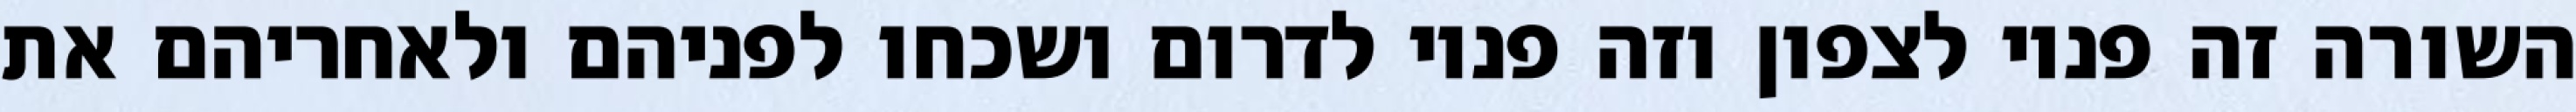
השורה זה פניו לצפון וזה פניו לדרום ושכחו לפניהם ולאחריהם את